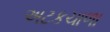
અટકચાળા